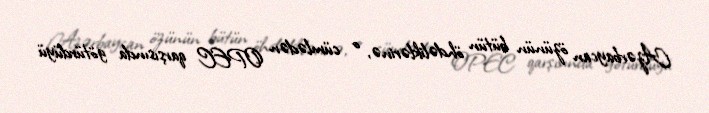
Azərbaycan özünün bütün öhdəliklərinə, o cümlədən OPEC qarşısında götürdüyü